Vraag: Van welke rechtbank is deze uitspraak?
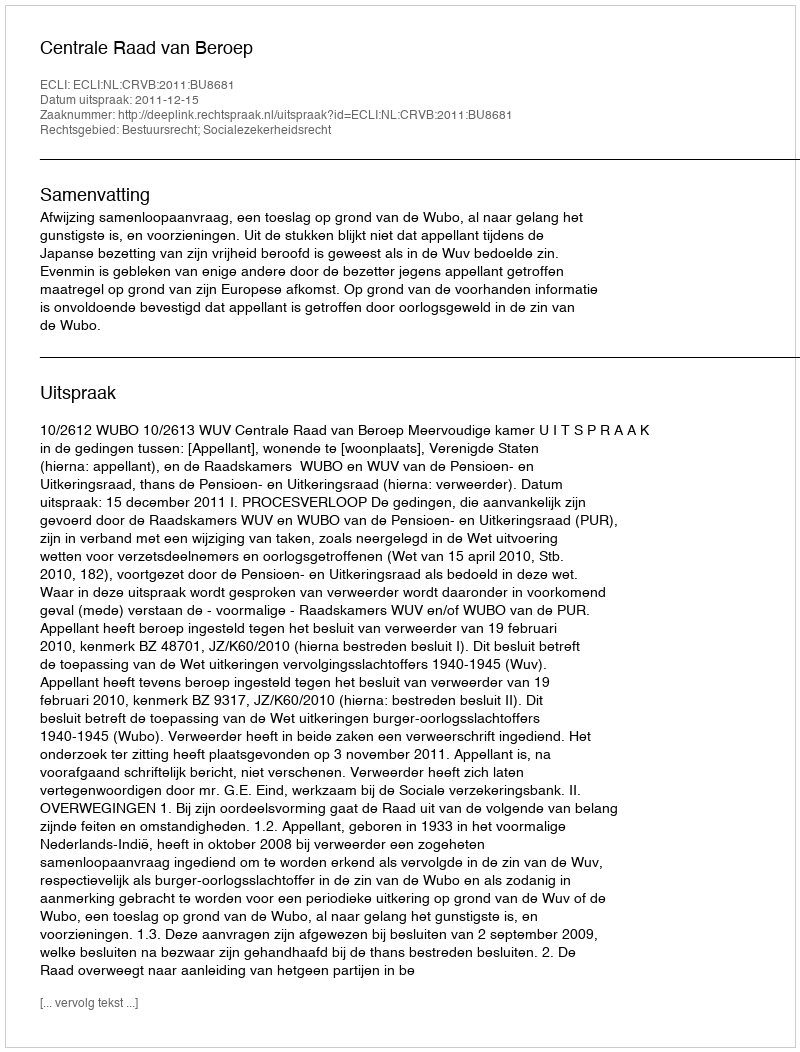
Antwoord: Centrale Raad van Beroep